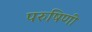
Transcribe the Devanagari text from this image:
परुषिणी